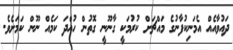
ދައުވާއެއް އެމަނިކުފާނުގެ މައްޗަށް ކުރުމަކީ ގާނޫނީ ގޮތުން ހުއްދަ ކަމެއް ނޫން ކަމަށެވެ.